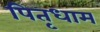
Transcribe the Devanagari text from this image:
पितृधाम